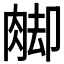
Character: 𦛶